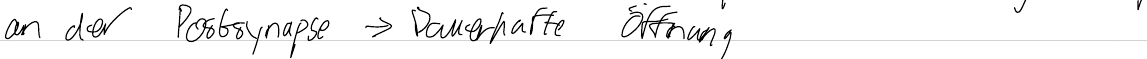
an der Postsynapse -> Dauerhafte Öffnung